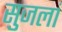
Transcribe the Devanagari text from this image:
सुजलां